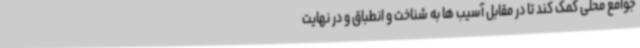
جوامع محلی کمک کند تا در مقابل آسیب ها به شناخت و انطباق و در نهایت